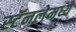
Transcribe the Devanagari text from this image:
स्टॅनलेमध्ये